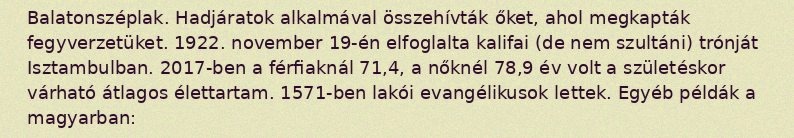
Balatonszéplak. Hadjáratok alkalmával összehívták őket, ahol megkapták fegyverzetüket. 1922. november 19-én elfoglalta kalifai (de nem szultáni) trónját Isztambulban. 2017-ben a férfiaknál 71,4, a nőknél 78,9 év volt a születéskor várható átlagos élettartam. 1571-ben lakói evangélikusok lettek. Egyéb példák a magyarban: